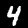
Digit: 4